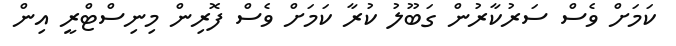
ކަމަށް ވެސް ސަރުކާރުން ގަބޫލު ކުރާ ކަމަށް ވެސް ފޮރިން މިނިސްޓްރީ އިން